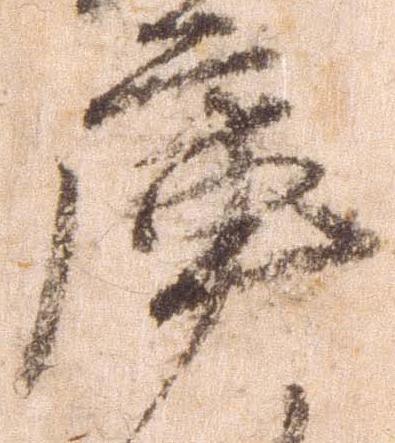
庫